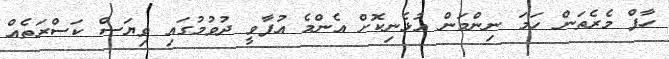
ހާފް މެރެތަން ހަމަ ނިންމަން އުޅެނިކޮށް އެންމެ އުފާވީ ދުވުމުގައި ވިޔަސް ކަސްރަތެއް